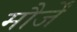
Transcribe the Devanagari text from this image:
मौर्जें